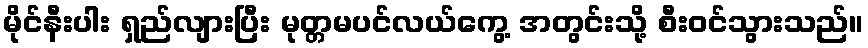
မိုင်နီးပါး ရှည်လျားပြီး မုတ္တမပင်လယ်ကွေ့ အတွင်းသို့ စီးဝင်သွားသည်။